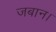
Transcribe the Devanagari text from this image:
जबान।